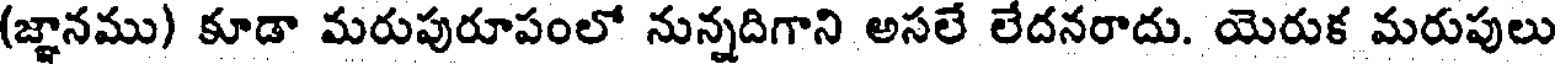
(జ్ఞానము) కూడా మరుపురూపంలో నున్నదిగాని అసలే లేదనరాదు. యెరుక మరుపులు